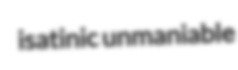
isatinic unmaniable